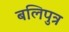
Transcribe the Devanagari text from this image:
बलिपुत्र